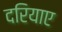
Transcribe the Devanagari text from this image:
दरियाए